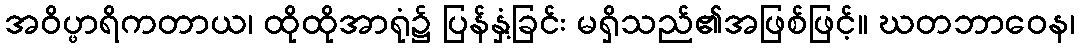
အဝိပ္ဖာရိကတာယ၊ ထိုထိုအာရုံ၌ ပြန်နှံ့ခြင်း မရှိသည်၏အဖြစ်ဖြင့်။ ဃတဘာဝေန၊